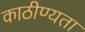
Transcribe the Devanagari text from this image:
काठीण्‍यता